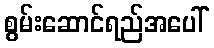
စွမ်းဆောင်ရည်အပေါ်